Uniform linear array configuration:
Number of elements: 12
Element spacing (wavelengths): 1
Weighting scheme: hann
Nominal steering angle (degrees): -30
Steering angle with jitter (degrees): -29.591
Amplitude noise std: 0.05
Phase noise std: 0.05

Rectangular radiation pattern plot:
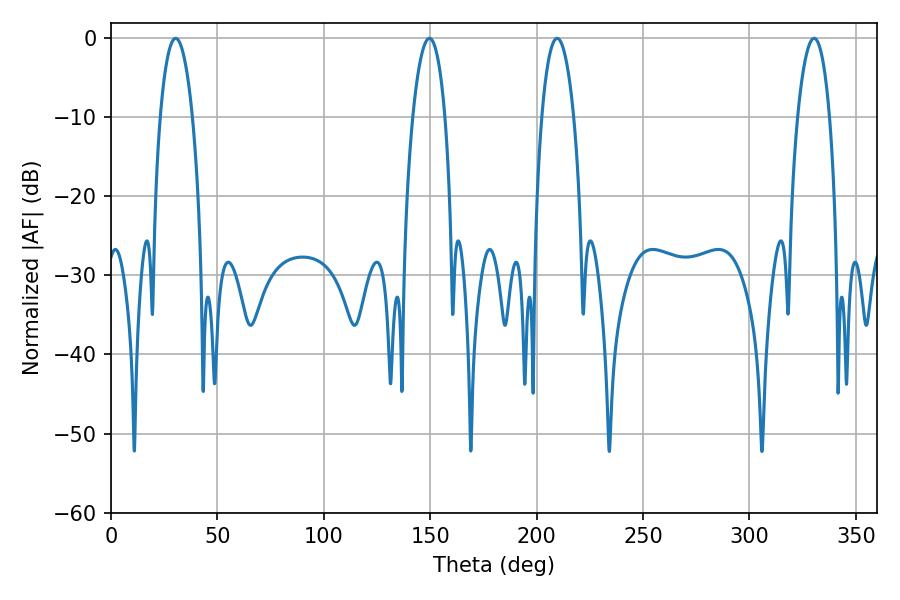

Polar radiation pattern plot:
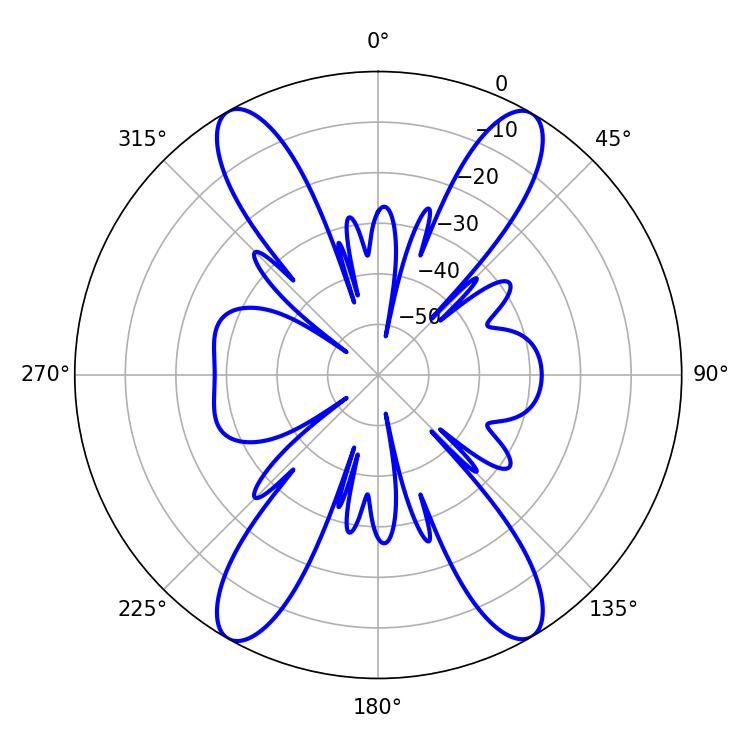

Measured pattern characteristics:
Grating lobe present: TRUE
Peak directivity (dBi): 26.811
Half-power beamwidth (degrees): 8.46
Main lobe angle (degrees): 30.42